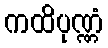
ကထိပုဏ္ဏံ